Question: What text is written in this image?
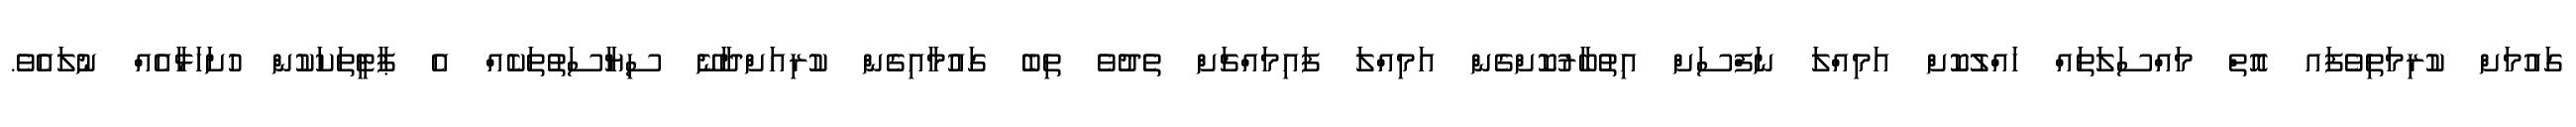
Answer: ގައުމަށް ކުރިމަތިވެފައ އޮތް މައްސަލަތައް ހައްލުކޮށް އަމިއްލަ ނަފްސަށް އިތުބާރުކޮށްގެން އަމިއްލަ ފައިމައްޗަށް ތެދުވެ ތިބެ ގައުމާއިގެން ކުރިއަށްދާނޭ ސިޔާސަތުތަކެއް އެ ޕާޓީތަކަކުން ހުށަހަޅާއެއް ނުލައެވެ.